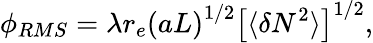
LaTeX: \phi_{RMS}=\lambda r_{e}\left(aL\right)^{1/2}\left[\langle\delta N^{2}\rangle\right]^{1/2},